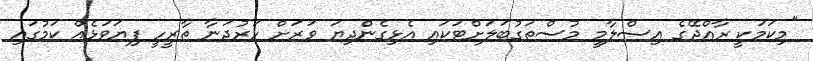
"މިކަމަކީ ރާއްޖޭގެ އިސްލާމީ މުސްތަގުބަލަށްޓަކައި އެޅިގެންދިޔަ ވަރަށް ހަރުދަނާ ތާރީހީ ފިޔަވަޅެއް ކަމުގައި